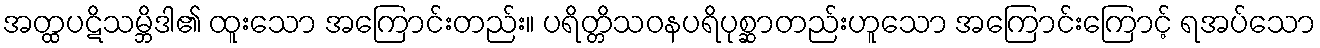
အတ္ထပဋိသမ္ဘိဒါ၏ ထူးသော အကြောင်းတည်း။ ပရိတ္တိသဝနပရိပုစ္ဆာတည်းဟူသော အကြောင်းကြောင့် ရအပ်သော